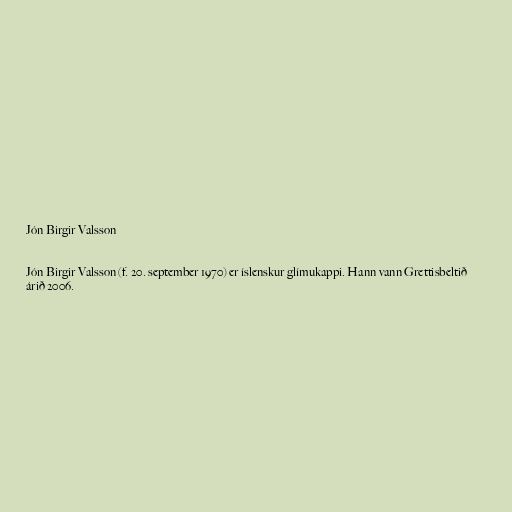
Jón Birgir Valsson

Jón Birgir Valsson (f. 20. september 1970) er íslenskur glímukappi. Hann vann Grettisbeltið
árið 2006.